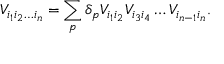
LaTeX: V _ { i _ { 1 } i _ { 2 } \ldots i _ { n } } = \sum _ { p } \delta _ { p } V _ { i _ { 1 } i _ { 2 } } V _ { i _ { 3 } i _ { 4 } } \ldots V _ { i _ { n - 1 } i _ { n } } .